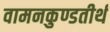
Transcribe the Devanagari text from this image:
वामनकुण्डतीर्थ